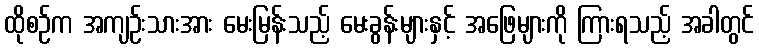
ထိုစဉ်က အကျဉ်းသားအား မေးမြန်းသည့် မေးခွန်းများနှင့် အဖြေများကို ကြားရသည့် အခါတွင်